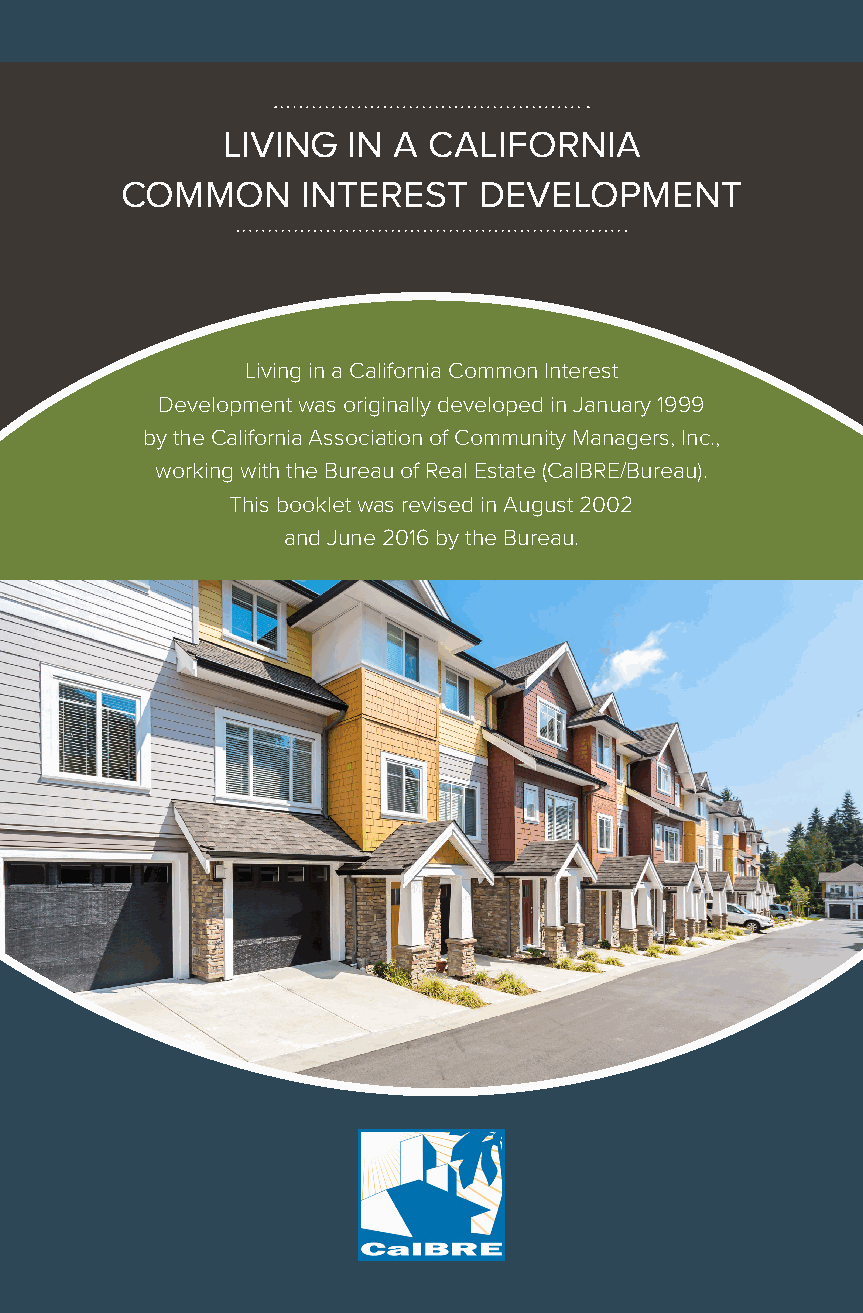
LIVING  IN A CALIFORNIA
 COMMON      INTEREST    DEVELOPMENT
 Living in a California Common Interest
 Development was originally developed in January 1999
 by the California Association of Community Managers, Inc.,
 working with the Bureau of Real Estate (CalBRE/Bureau).
 This booklet was revised in August 2002
 and June 2016 by the Bureau.